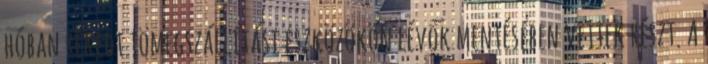
hóban rekedt tömegszállítási eszközökön lévők mentésében vettek részt. A